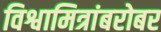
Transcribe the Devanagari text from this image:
विश्वामित्रांबरोबर